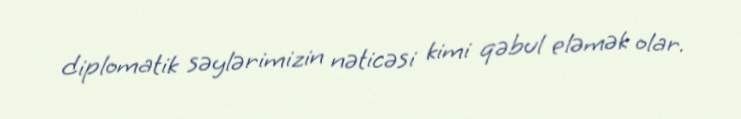
diplomatik səylərimizin nəticəsi kimi qəbul eləmək olar.